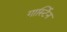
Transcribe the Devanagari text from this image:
गार्स्टिन